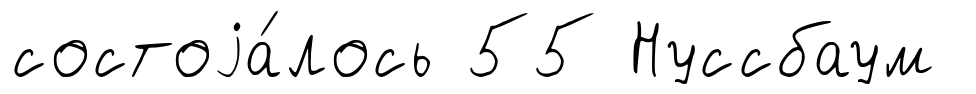
состоjа́лось 55 Нуссбаум